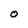
Character: O